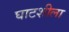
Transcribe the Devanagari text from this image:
घाटशीला